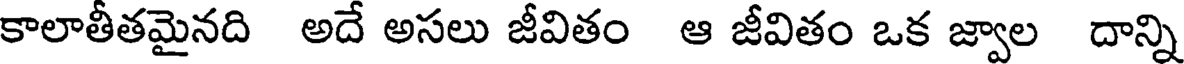
కాలాతీతమైనది అదే అసలు జీవితం ఆ జీవితం ఒక జ్వాల దాన్ని